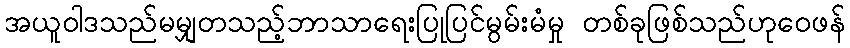
အယူဝါဒသည်မမျှတသည့်ဘာသာရေးပြုပြင်မွမ်းမံမှု တစ်ခုဖြစ်သည်ဟုဝေဖန်